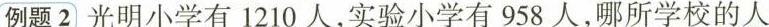
例题2光明小学有1210人，实验小学有958人，哪所学校的人